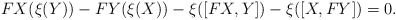
\begin{align*}FX(\mathcal{\xi}(Y))-FY(\mathcal{\xi}(X))-\mathcal{\xi}([FX,Y])-\mathcal{\xi}([X,FY])=0.\end{align*}